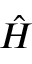
\hat { H }